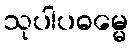
သုပါပဓမ္မေ